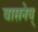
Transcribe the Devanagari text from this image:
वासनेय्